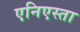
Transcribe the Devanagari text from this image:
एनिएस्ता